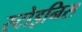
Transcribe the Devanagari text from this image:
स्टोइनिस